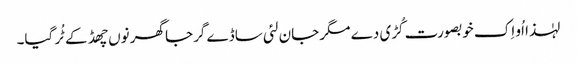
لہٰذا اُو اِک خوبصورت کُڑی دے مگر جان لئی ساڈے گرجا گھر نوں چھڈ کے ٹُر گیا۔